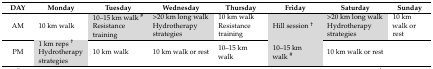
| DAY | Monday | Tuesday | Wednesday | Thursday | Friday | Saturday | Sunday |
 | --- | --- | --- | --- | --- | --- | --- | --- |
 | AM | 10 km walk | 10–15 km walk #Resistance training | >20 km long walkHydrotherapy strategies | 10 km walk Resistance training | Hill session † | >20 km long walkHydrotherapy strategies | 10 km walk or rest |
 | PM | 1 km reps †Hydrotherapy strategies | 10 km walk | 10 km walk or rest | 10–15 km walk | 10–15 km walk # | 10 km walk or rest |  |